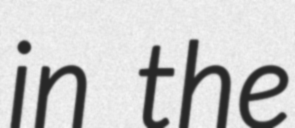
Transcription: in the